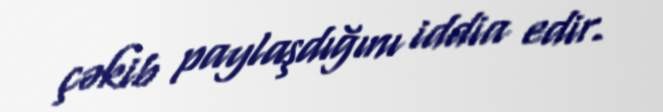
çəkib paylaşdığını iddia edir.